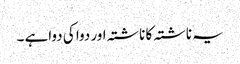
یہ ناشتہ کا ناشتہ اور دوا کی دواہے ۔